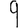
Digit: 9